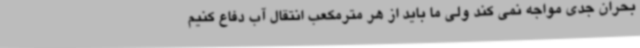
بحران جدی مواجه نمی کند ولی ما باید از هر مترمکعب انتقال آب دفاع کنیم